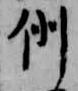
例